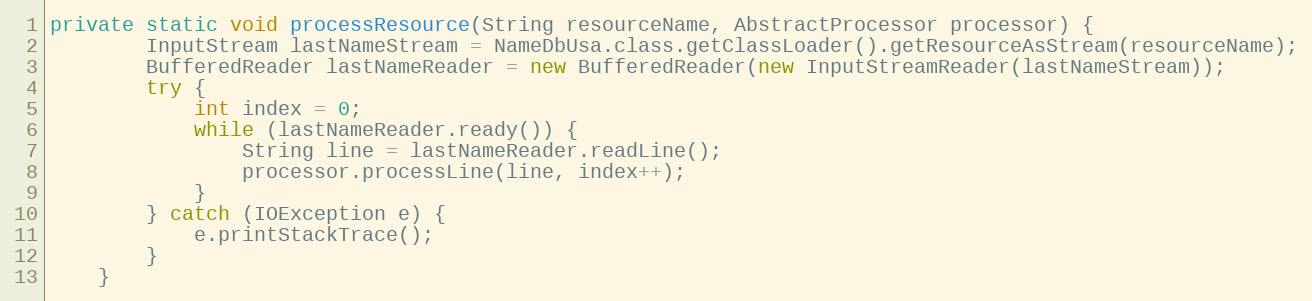
Language: Java
private static void processResource(String resourceName, AbstractProcessor processor) {
        InputStream lastNameStream = NameDbUsa.class.getClassLoader().getResourceAsStream(resourceName);
        BufferedReader lastNameReader = new BufferedReader(new InputStreamReader(lastNameStream));
        try {
            int index = 0;
            while (lastNameReader.ready()) {
                String line = lastNameReader.readLine();
                processor.processLine(line, index++);
            }
        } catch (IOException e) {
            e.printStackTrace();
        }
    }